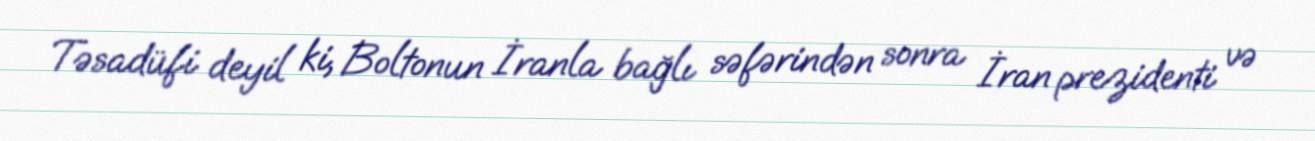
Təsadüfi deyil ki, Boltonun İranla bağlı səfərindən sonra İran prezidenti və